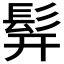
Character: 𬴧